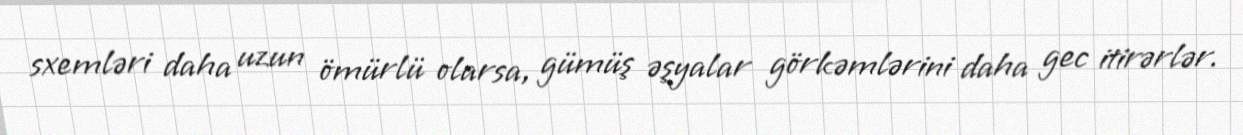
sxemləri daha uzun ömürlü olarsa, gümüş əşyalar görkəmlərini daha gec itirərlər.